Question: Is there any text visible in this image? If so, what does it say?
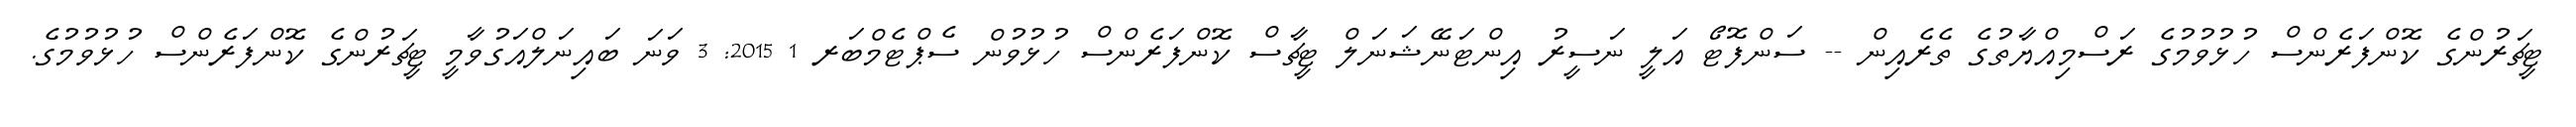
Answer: ޓީޗަރުންގެ ކޮންފަރެންސް ހުޅުވުމުގެ ރަސްމިއްޔާތުގެ ތެރެއިން -- ސަންފޮޓޯ އަލީ ނަސީރު އިންޓަނޭޝަނަލް ޓީޗާސް ކޮންފަރެންސް ހުޅުވުން ސެޕްޓެމްބަރ 1 2015: 3 ވަނަ ބައިނަލްއަގުވާމީ ޓީޗަރުންގެ ކޮންފަރެންސް ހުޅުވުމުގެ.